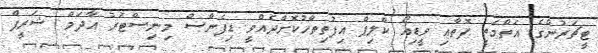
ޓީޗަރުންގެ އަތްމަތީ ފޮތާއި ވީޑިއޯ ކްލިޕް އިފުތިތާހުކޮށްދެއްވީ ޑިފެންސް މިނިސްޓަރު އާދަމް ޝަރީފް